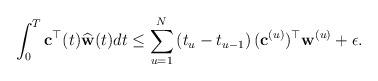
LaTeX: \begin{align*}{}\int_{0}^{T} {\bf c}^{\top}(t)\widehat{\bf w}(t)dt\leq\sum_{u=1}^{N}\left (t_{u}-t_{u-1}\right )({\bf c}^{(u)})^{\top}{\bf w}^{(u)}+\epsilon .\end{align*}